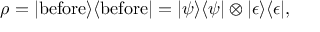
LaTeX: \rho = | { \mathrm { b e f o r e } } \rangle \langle { \mathrm { b e f o r e } } | = | \psi \rangle \langle \psi | \otimes | \epsilon \rangle \langle \epsilon | ,